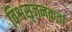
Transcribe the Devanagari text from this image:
विश्वसृजनकर्ता